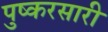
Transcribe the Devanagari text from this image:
पुष्करसारी